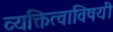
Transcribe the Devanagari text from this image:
व्यक्तित्वाविषयी